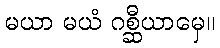
မယာ မယံ ဂစ္ဆီယာမှေ။